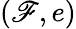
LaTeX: (\mathscr{F},e)